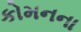
કોમનના